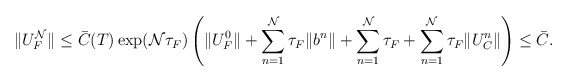
\begin{align*} \|U_F^{\mathcal{N}}\|\leq \bar{C}(T)\exp(\mathcal{N}\tau_F)\left(\|U_F^{0}\| +\sum^{\mathcal{N}}_{n=1}\tau_F\|b^{n}\|+\sum^{\mathcal{N}}_{n=1}\tau_F +\sum^{\mathcal{N}}_{n=1}\tau_F\|U_C^n\|\right)\leq \bar{C}. \end{align*}